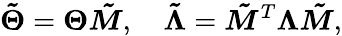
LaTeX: \boldsymbol{\tilde{\Theta}}=\boldsymbol{\Theta}\boldsymbol{\tilde{M}},\quad\boldsymbol{\tilde{\Lambda}}=\boldsymbol{\tilde{M}}^{T}\boldsymbol{\Lambda}\boldsymbol{\tilde{M}},